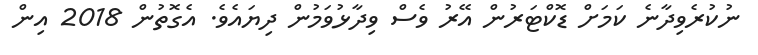
ނުކުރެވިދާނެ ކަމަށް ޑޮކްޓަރުން އޭރު ވެސް ވިދާޅުވަމުން ދިޔައެވެ. އެގޮތުން 2018 އިން